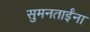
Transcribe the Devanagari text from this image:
सुमनताईंना